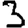
Digit: 3